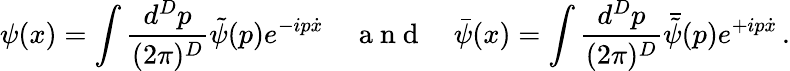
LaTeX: \psi(x)=\int\frac{d^{D}p}{(2\pi)^{D}}\tilde{\psi}(p)e^{-ip\dot{x}}\quad\mathrm{~a~n~d~}\quad\bar{\psi}(x)=\int\frac{d^{D}p}{(2\pi)^{D}}\bar{\tilde{\psi}}(p)e^{+ip\dot{x}}\, .